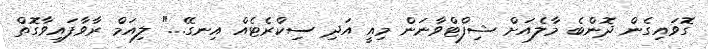
ގޮވައިގެން ދޮންބެ މާލެއަށް ޝިފްޓްވާނަން މިއީ އަދި ސިކްރެޓެއް އިނގޭ..." ލިއަމް ރާވާފައިވާގޮތް